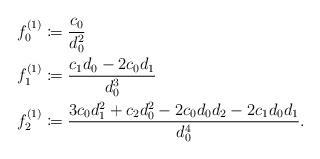
LaTeX: \begin{align*}\begin{aligned}f_{0}^{(1)} & \coloneqq \frac{c_{0}}{d_{0}^2} \\f_{1}^{(1)} & \coloneqq \frac{c_{1} d_{0}-2 c_{0} d_{1}}{d_{0}^3} \\f_{2}^{(1)} & \coloneqq \frac{3c_{0}d_{1}^{2}+c_{2}d_{0}^{2}-2c_{0}d_{0}d_{2}-2c_{1}d_{0}d_{1}}{d_{0}^4}.\end{aligned}\end{align*}